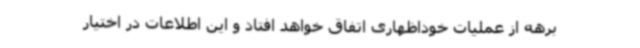
برهه از عملیات خوداظهاری اتفاق خواهد افتاد و این اطلاعات در اختیار